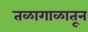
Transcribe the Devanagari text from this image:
तळागाळातून